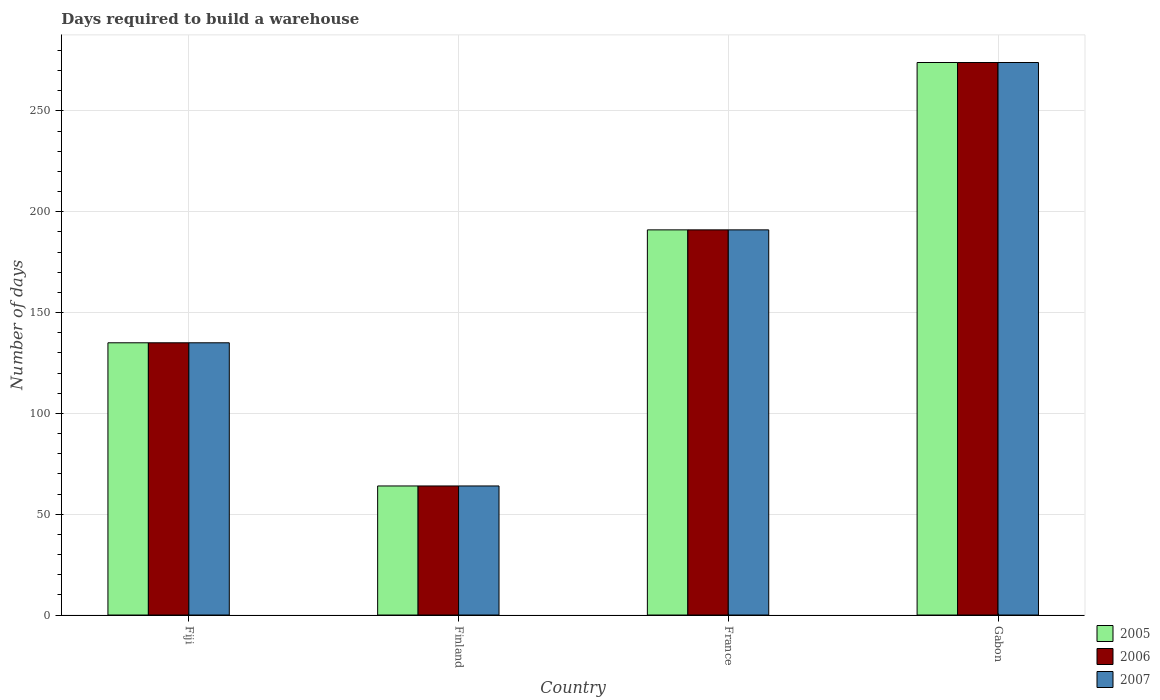
| Country | 2005 | 2006 | 2007 |
 | --- | --- | --- | --- |
 | Fiji | 135 | 135 | 135 |
 | Finland | 64 | 64 | 64 |
 | France | 191 | 191 | 191 |
 | Gabon | 274 | 274 | 274 |